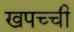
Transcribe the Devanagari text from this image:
खपच्ची